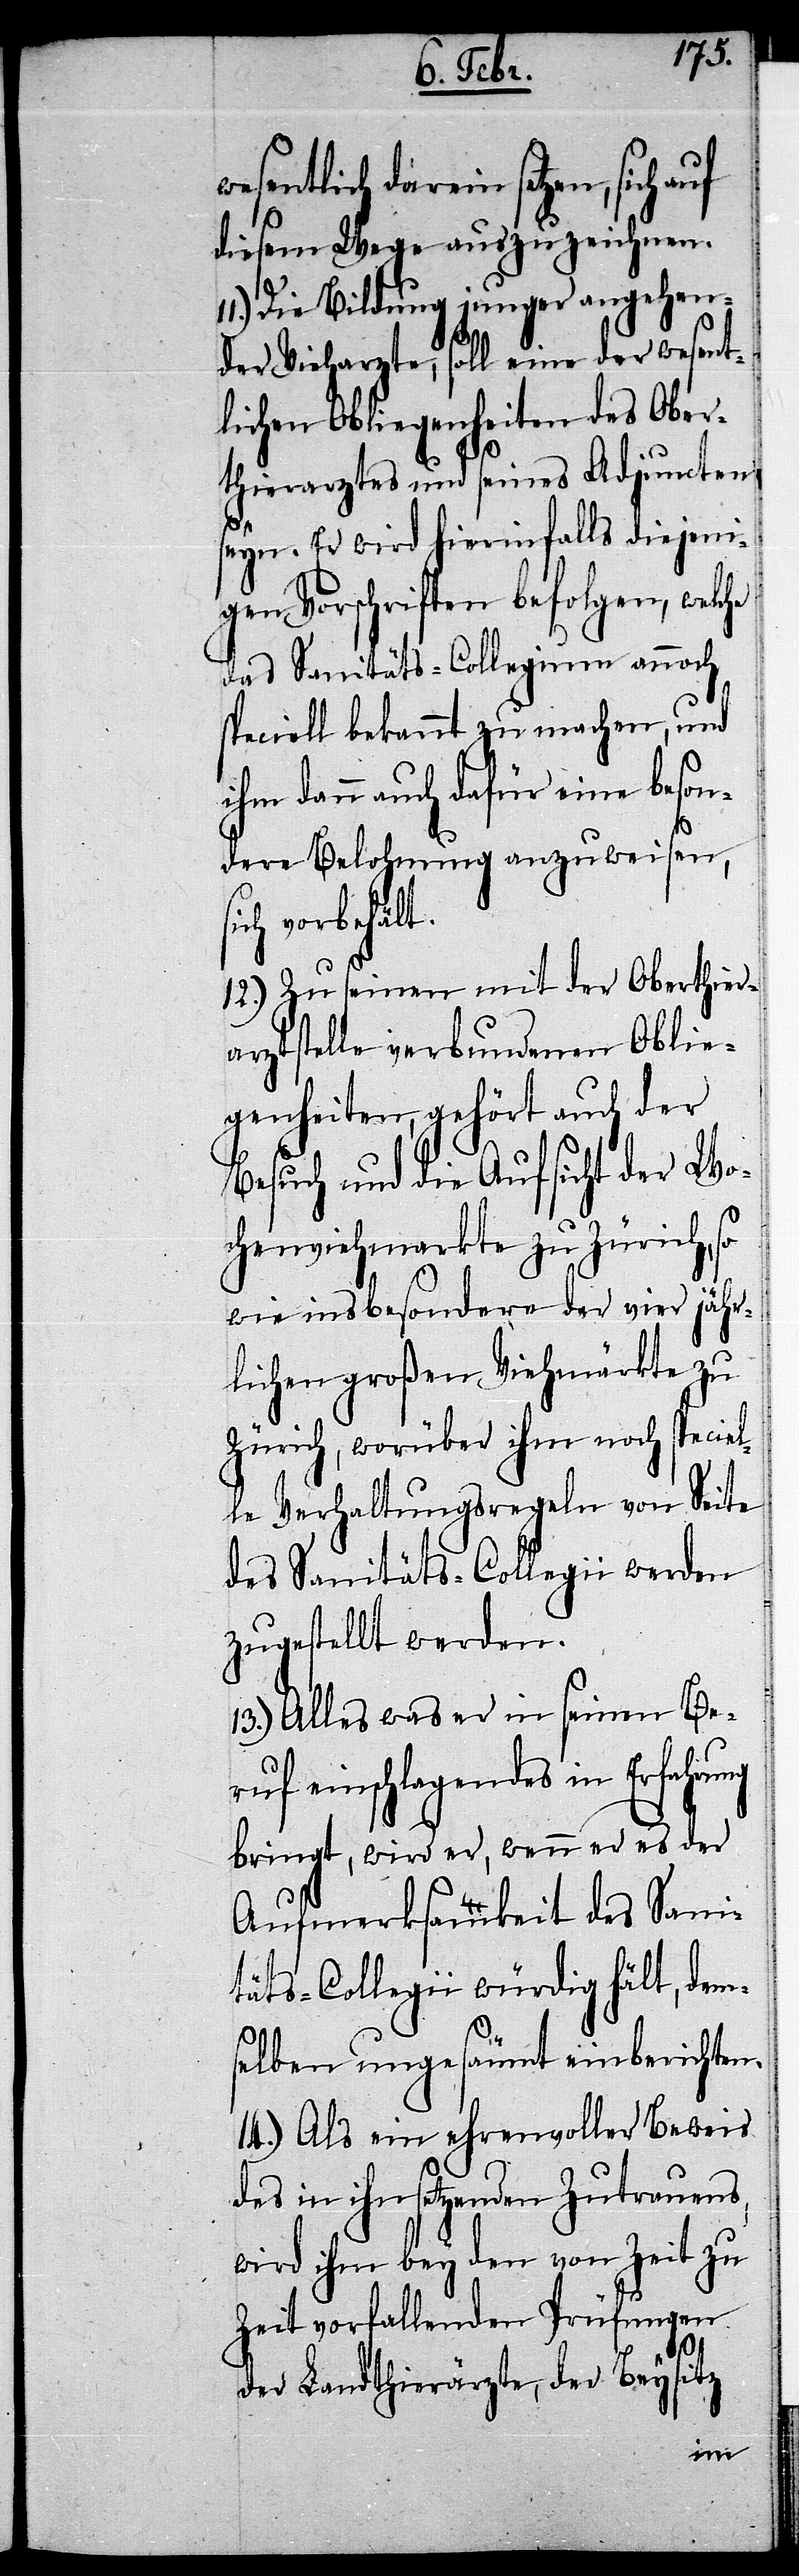
wesentlich darein setzen, sich
diesem Wege auszuzeichnen.
Die Bildung junger angehen¬
der Vieharzte, soll eine der wesent¬
lichen Obliegenheiten des Ober¬
thierarztes und seines Adjuncten
seyn. Er wird hierinfalls diejeni¬
gen Vorschriften befolgen, welche
das Sanitäts-Collegium annoch
speciell bekannt zu machen, und
ihm dann auch dafür eine beson¬
dere Belohnung anzuweisen,
ich vorbehält.
12.) Zu seinen mit der Oberthier¬
arztstelle verbundenen Oblie¬
genheiten, gehört auch der
Besuch und die Aufsicht der Wo¬
chenviehmarkte zu Zürich,
wie insbesondere der vier jähr¬
lichen großen Viehmärkte zu
Zürich, worüber ihm noch speciel¬
le Verhaltungsregeln von Seite
des Sanitäts-Collegii werden
zugestellt werden.
13.) Alles was er in seinen Be¬
ruf einschlagendes in Erfahrung
bringt, wird er, wenn er es der
Aufmerksamkeit des Sani¬
täts-Collegii würdig hält, dem¬
selben ungesäumt einberichten.
14.) Als ein ehrenvoller Beweis
des in ihn setzenden Zutrauens,
wird ihm bey den von Zeit zu
Zeit vorfallenden Prüfungen
s¬
der Landthierärzte, der Beysitz